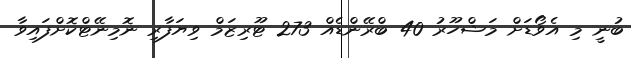
ބުނީ މި އެވޯޑަށް މަޝްހޫރު 40 ބްރޭންޑެއް 273 ޓޫރިޒަމް ވިޔަފާރި ނޮމިނޭޓްކޮށްފައިވާ